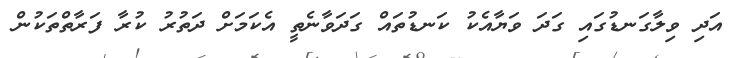
އަދި ވިލާގަނޑުގައި ގަދަ ވަޔާއެކު ކަނޑުތައް ގަދަވާނެތީ އެކަމަށް ދަތުރު ކުރާ ފަރާތްތަކުން